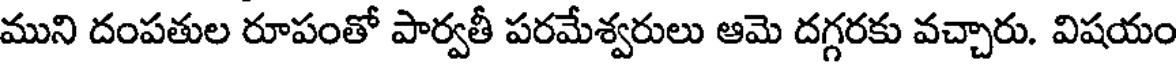
ముని దంపతుల రూపంతో పార్వతీ పరమేశ్వరులు ఆమె దగ్గరకు వచ్చారు. విషయం